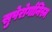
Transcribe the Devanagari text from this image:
सुपेरोर्गानिस्म